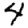
Digit: 4